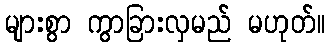
များစွာ ကွာခြားလှမည် မဟုတ်။